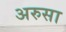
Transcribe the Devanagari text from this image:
अरुसा